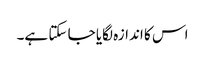
اس کا اندازہ لگایا جا سکتا ہے۔